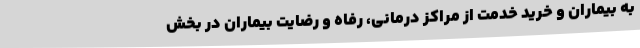
به بیماران و خرید خدمت از مراکز درمانی، رفاه و رضایت بیماران در بخش